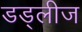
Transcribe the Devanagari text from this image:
डड्लीज